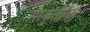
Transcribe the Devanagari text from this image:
संस्कृतीनिष्ठ